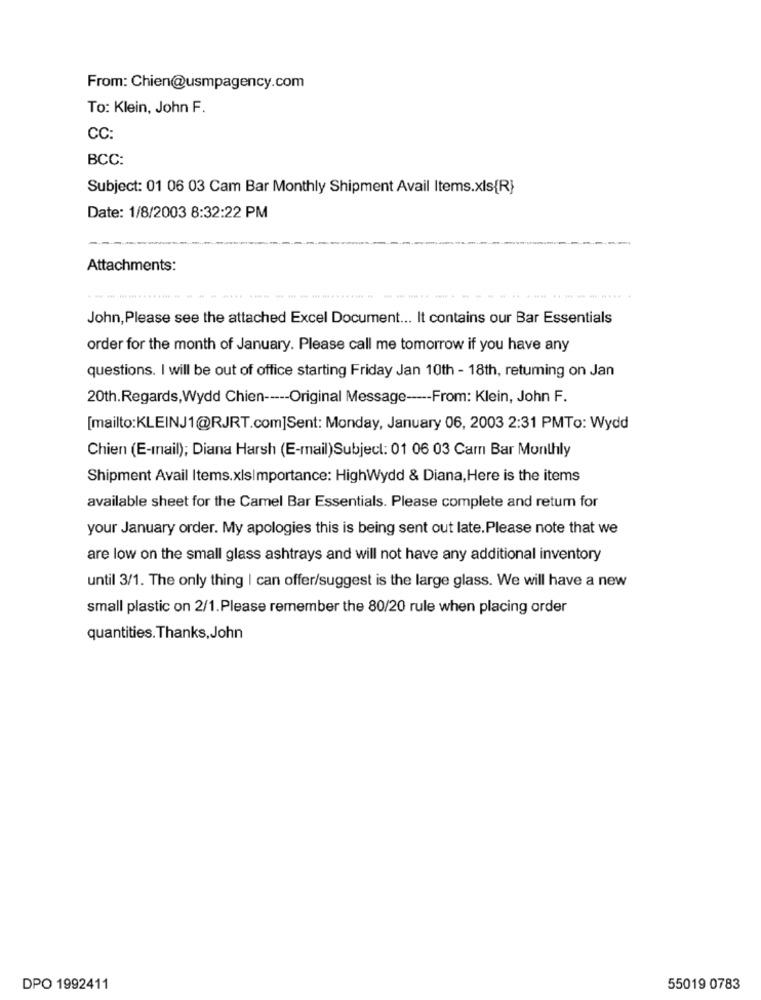
From: Chien@usmpagency.com
To: Klein, John F.
CC:
BCC:
Subject: 01 06 03 Cam Bar Monthly Shipment Avail Items.xls{R}
Date: 1/8/2003 8:32:22 PM
Attachments:
John, Please see the attached Excel Document ... It contains our Bar Essentials
order for the month of January. Please call me tomorrow if you have any
questions. I will be out of office starting Friday Jan 10th - 18th, retuming on Jan
20th.Regards,Wydd Chien ---- Original Message ----- From: Klein, John F.
[mailto:KLEINJ1@RJRT.com]Sent: Monday, January 06, 2003 2:31 PMTo: Wydd
Chien (E-mail); Diana Harsh (E-mail)Subject: 01 06 03 Cam Bar Monthly
Shipment Avail Items.xlsImportance: HighWydd & Diana, Here is the items
available sheet for the Camel Bar Essentials. Please complete and retum for
your January order. My apologies this is being sent out late.Please note that we
are low on the small glass ashtrays and will not have any additional inventory
until 3/1. The only thing I can offer/suggest is the large glass. We will have a new
small plastic on 2/1.Please remember the 80/20 rule when placing order
quantities. Thanks, John
DPO 1992411
55019 0783